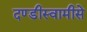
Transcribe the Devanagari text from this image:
दण्डीस्वामीसे